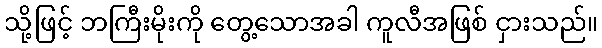
သို့ဖြင့် ဘကြီးမိုးကို တွေ့သောအခါ ကူလီအဖြစ် ငှားသည်။